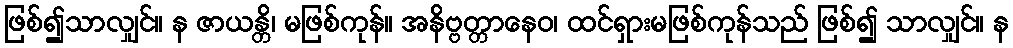
ဖြစ်၍သာလျှင်။ န ဇာယန္တိ၊ မဖြစ်ကုန်။ အနိဗ္ဗတ္တာနေဝ၊ ထင်ရှားမဖြစ်ကုန်သည် ဖြစ်၍ သာလျှင်။ န